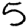
Digit: 5